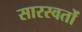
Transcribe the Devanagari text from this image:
सारस्वतों